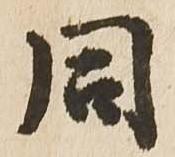
同